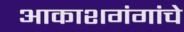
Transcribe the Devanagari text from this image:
आकाशगंगांचे